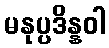
မနုပ္ပဒိန္နဝါ